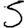
Digit: 5